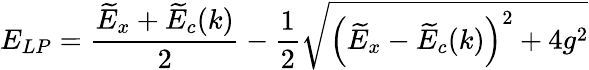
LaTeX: E_{LP}=\frac{\widetilde{E}_{x}+\widetilde{E}_{c}(k)}{2}-\frac{1}{2}\sqrt{\left(\widetilde{E}_{x}-\widetilde{E}_{c}(k)\right)^{2}+4g^{2}}